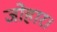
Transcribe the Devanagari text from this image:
जोहार।